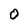
Character: 0